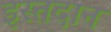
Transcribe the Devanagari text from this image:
इस्तदान